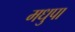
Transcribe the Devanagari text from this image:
मधुपा